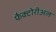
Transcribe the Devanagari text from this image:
फैक्टोरीअल